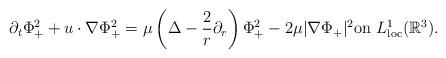
LaTeX: \begin{align*}\partial_t\Phi_{+}^{2}+u\cdot \nabla \Phi_{+}^{2}=\mu\left(\Delta-\frac{2}{r}\partial_r \right)\Phi_{+}^{2}-2\mu |\nabla \Phi_{+}|^{2} \textrm{on}\ L^{1}_{\textrm{loc}}(\mathbb{R}^{3}). \end{align*}